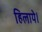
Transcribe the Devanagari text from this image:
हिलाये।